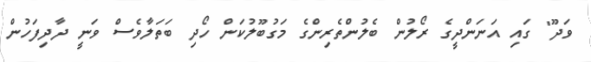
ވަދޫ" ގައި އަނަންދީގެ ރޯލުން ބެލުންތެރިންގެ މަގުބޫލުކަން ހޯދި ބަތަލާވެސް ވަނީ ދާދިފަހުން